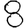
Digit: 8